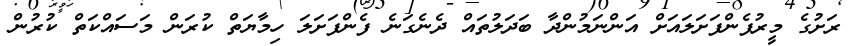
ރަށުގެ މީރުފެންފަށަލައަށް އަންނަމުންދާ ބަދަލުތައް ދެނެގަނެ ފެންފަށަލަ ހިމާޔަތް ކުރަން މަސައްކަތް ކުރުން